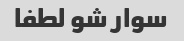
سوار شو لطفا